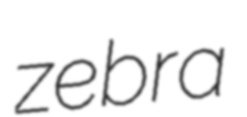
zebra